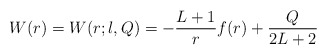
\begin{align*} W(r) = W(r;l,Q) = - \frac{L+1}{r} f(r) + \frac{Q}{2L+2}\end{align*}